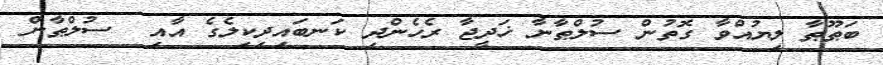
ބަޠޫޠާ ލިޔުއްވާ ގޮތުން ސުލްޠާނާ ޚަދީޖާ ރެހެންދި ކަނބައިދިކިލެގެ އާއި  ސުލްޠާން